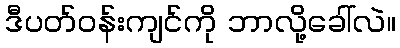
ဒီပတ်ဝန်းကျင်ကို ဘာလို့ခေါ်လဲ။